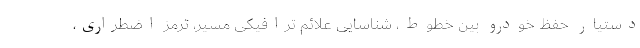
دستیار حفظ خودرو بین خطوط، شناسایی علائم ترافیکی مسیر، ترمز اضطراری،